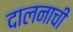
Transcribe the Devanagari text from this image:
दालनाची